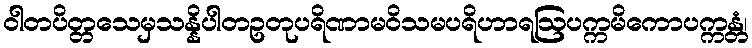
ဝါတပိတ္တသေမှသန္နိပါတဥတုပရိဏာမဝိသမပရိဟာရဩပက္ကမိကောပက္ကန္တံ၊